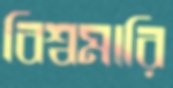
বিশ্বমারি